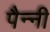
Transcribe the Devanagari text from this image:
पैन्नी